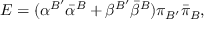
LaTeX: E = ( { \alpha } ^ { B ^ { \prime } } { \bar { \alpha } } ^ { B } + { \beta } ^ { B ^ { \prime } } { \bar { \beta } } ^ { B } ) { \pi } _ { B ^ { \prime } } { \bar { \pi } } _ { B } ,